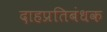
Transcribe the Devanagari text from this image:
दाहप्रतिबंधक